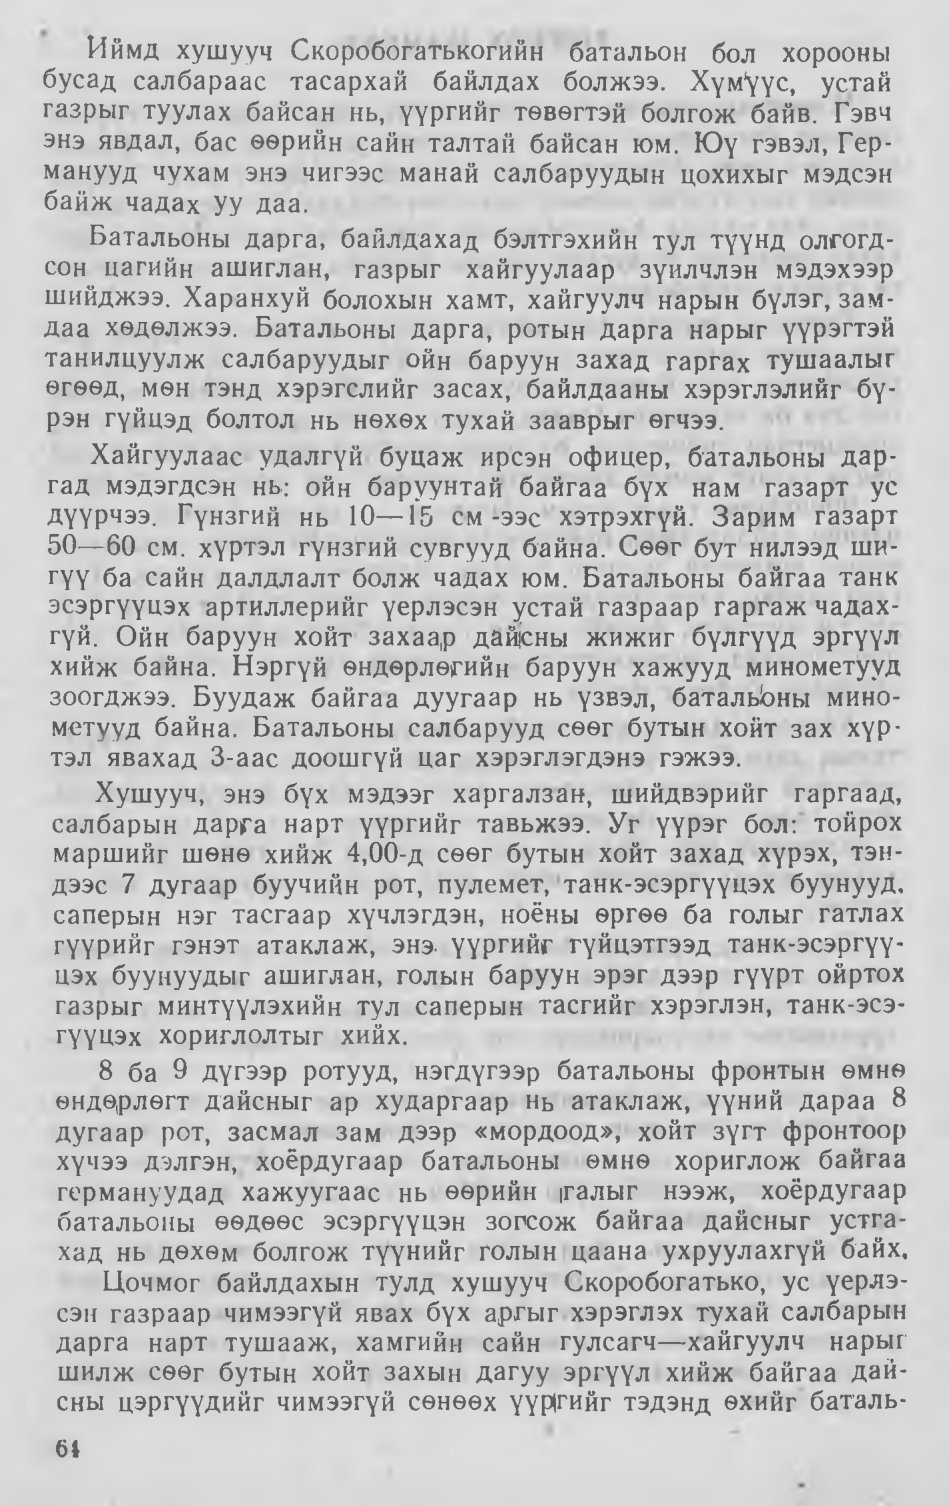
Language: mn